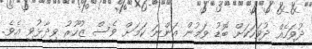
ދުވަހެއް ދުވަހަކަށް ބޮޑު ވަމުން އަންނަ ކަމަށް ވެސް ޒުހޫރު ވިދާޅުވި އެވެ.